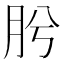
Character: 肹